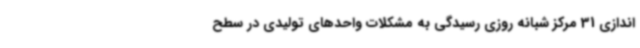
اندازی 31 مرکز شبانه روزی رسیدگی به مشکلات واحدهای تولیدی در سطح